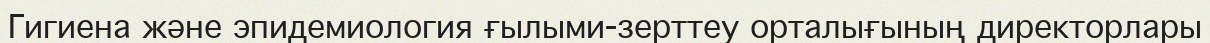
Гигиена және эпидемиология ғылыми-зерттеу орталығының директорлары